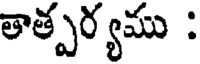
తాత్పర్యము :